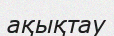
ақықтау